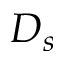
D _ { s }